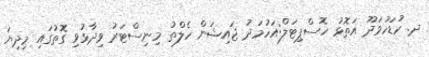
ދ. ކުޑަހުވަދޫ އަތޮޅު ހޮސްޕިޓަލް:އަހުމަދު ޖައިޝަން ހެލްތު މިނިސްޓަރު ވިދާޅުވި ގޮތުގައި މިދިޔަ